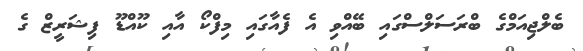
ބެލްޖިއަމްގެ ބްރަސަލްސްގައި ބޭއްވި އެ ފެއާގައި މިފްކޯ އާއި ކޫއްޑޫ ފިޝަރީޒް ގެ